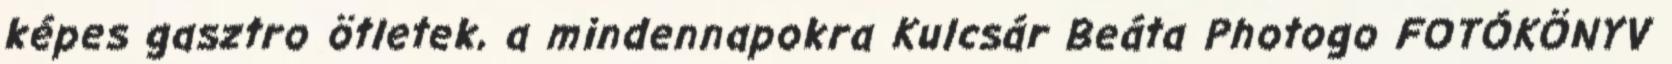
képes gasztro ötletek, a mindennapokra Kulcsár Beáta Photogo FOTÓKÖNYV